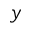
y